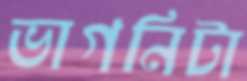
ভাগনিটা